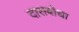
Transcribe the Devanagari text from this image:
दासबोधा